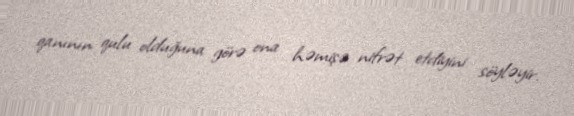
qanının qulu olduğuna görə ona həmişə nifrət etdiyini söyləyir.